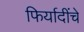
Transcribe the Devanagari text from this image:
फिर्यादींचे